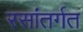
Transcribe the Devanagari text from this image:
रसांतर्गत